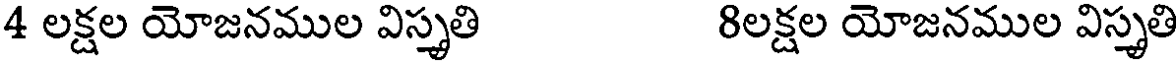
4 లక్షల యోజనముల విస్తృతి 8లక్షల యోజనముల విస్తృతి